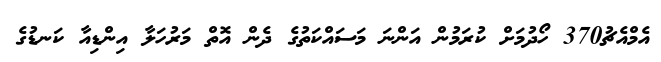
އެމްއެޗު370 ހޯދުމަށް ކުރަމުން އަންނަ މަސައްކަތުގެ ދެން އޮތް މަރުހަލާ އިންޑިއާ ކަނޑުގެ